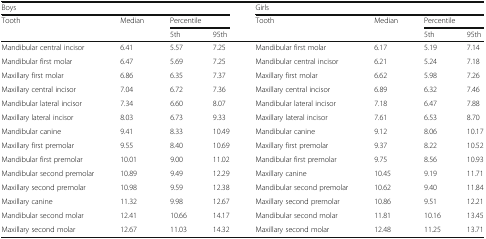
| <COLSPAN=4> Boys | <COLSPAN=4> Girls |
 | <ROWSPAN=2> Tooth | <ROWSPAN=2> Median | <COLSPAN=2> Percentile | <ROWSPAN=2> Tooth | <ROWSPAN=2> Median | <COLSPAN=2> Percentile |
 | 5th | 95th | 5th | 95th |
 | --- | --- | --- | --- | --- | --- | --- | --- |
 | Mandibular central incisor | 6.41 | 5.57 | 7.25 | Mandibular first molar | 6.17 | 5.19 | 7.14 |
 | Mandibular first molar | 6.47 | 5.69 | 7.25 | Mandibular central incisor | 6.21 | 5.24 | 7.18 |
 | Maxillary first molar | 6.86 | 6.35 | 7.37 | Maxillary first molar | 6.62 | 5.98 | 7.26 |
 | Maxillary central incisor | 7.04 | 6.72 | 7.36 | Maxillary central incisor | 6.89 | 6.32 | 7.46 |
 | Mandibular lateral incisor | 7.34 | 6.60 | 8.07 | Mandibular lateral incisor | 7.18 | 6.47 | 7.88 |
 | Maxillary lateral incisor | 8.03 | 6.73 | 9.33 | Maxillary lateral incisor | 7.61 | 6.53 | 8.70 |
 | Mandibular canine | 9.41 | 8.33 | 10.49 | Mandibular canine | 9.12 | 8.06 | 10.17 |
 | Maxillary first premolar | 9.55 | 8.40 | 10.69 | Maxillary first premolar | 9.37 | 8.22 | 10.52 |
 | Mandibular first premolar | 10.01 | 9.00 | 11.02 | Mandibular first premolar | 9.75 | 8.56 | 10.93 |
 | Mandibular second premolar | 10.89 | 9.49 | 12.29 | Maxillary canine | 10.45 | 9.19 | 11.71 |
 | Maxillary second premolar | 10.98 | 9.59 | 12.38 | Mandibular second premolar | 10.62 | 9.40 | 11.84 |
 | Maxillary canine | 11.32 | 9.98 | 12.67 | Maxillary second premolar | 10.86 | 9.51 | 12.21 |
 | Mandibular second molar | 12.41 | 10.66 | 14.17 | Mandibular second molar | 11.81 | 10.16 | 13.45 |
 | Maxillary second molar | 12.67 | 11.03 | 14.32 | Maxillary second molar | 12.48 | 11.25 | 13.71 |